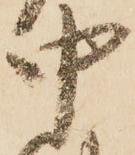
中